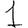
Digit: 1